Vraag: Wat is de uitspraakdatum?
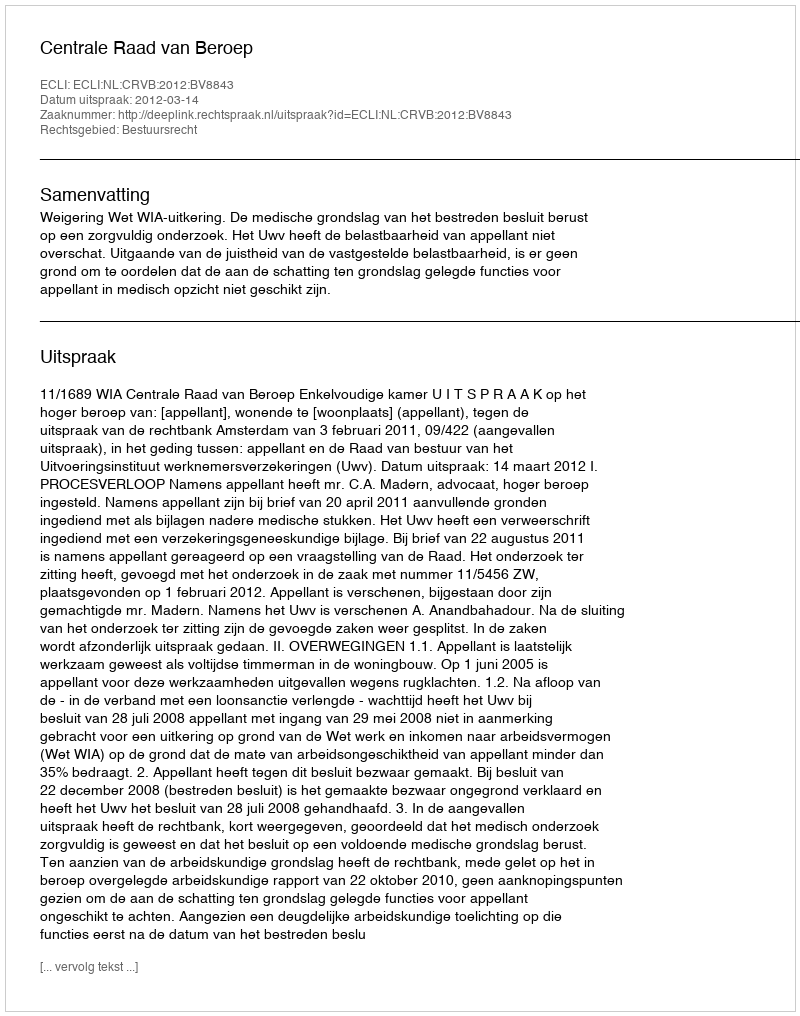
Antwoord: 2012-03-14